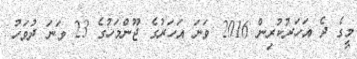
މީގެ ދެ އަހަރުކުރިން 2016 ވަނަ އަހަރުގެ ޖޫންމަހުގެ 23 ވަނަ ދުވަހު